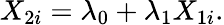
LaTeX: X_{2i}=\lambda_{0}+\lambda_{1}X_{1i}.